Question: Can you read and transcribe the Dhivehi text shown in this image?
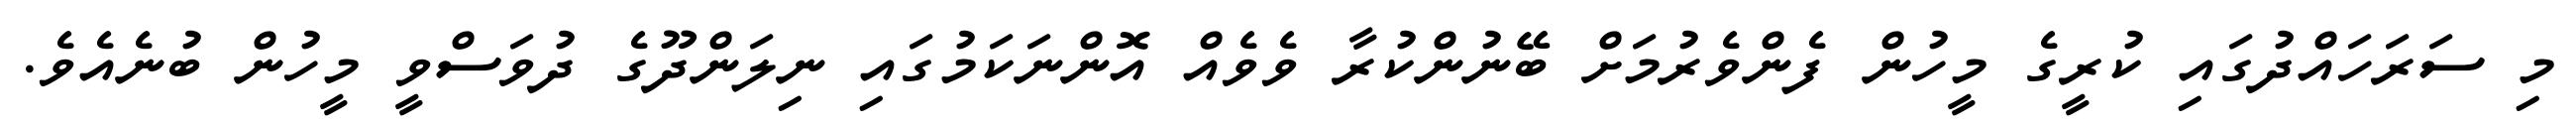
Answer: މި ސަރަހައްދުގައި ކުރީގެ މީހުން ފެންވެރުމަށް ބޭނުންކުރާ ވެވެއް އޮންނަކަމުގައި ނިލަންދޫގެ ދުވަސްވީ މީހުން ބުނެއެވެ.